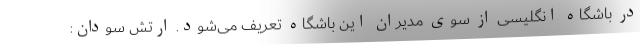
در باشگاه انگلیسی از سوی مدیران این باشگاه تعریف می‌شود. ارتش سودان: